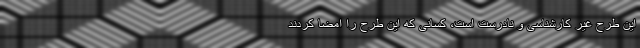
این طرح غیر کارشناسی و نادرست است، کسانی که این طرح را امضا کردند